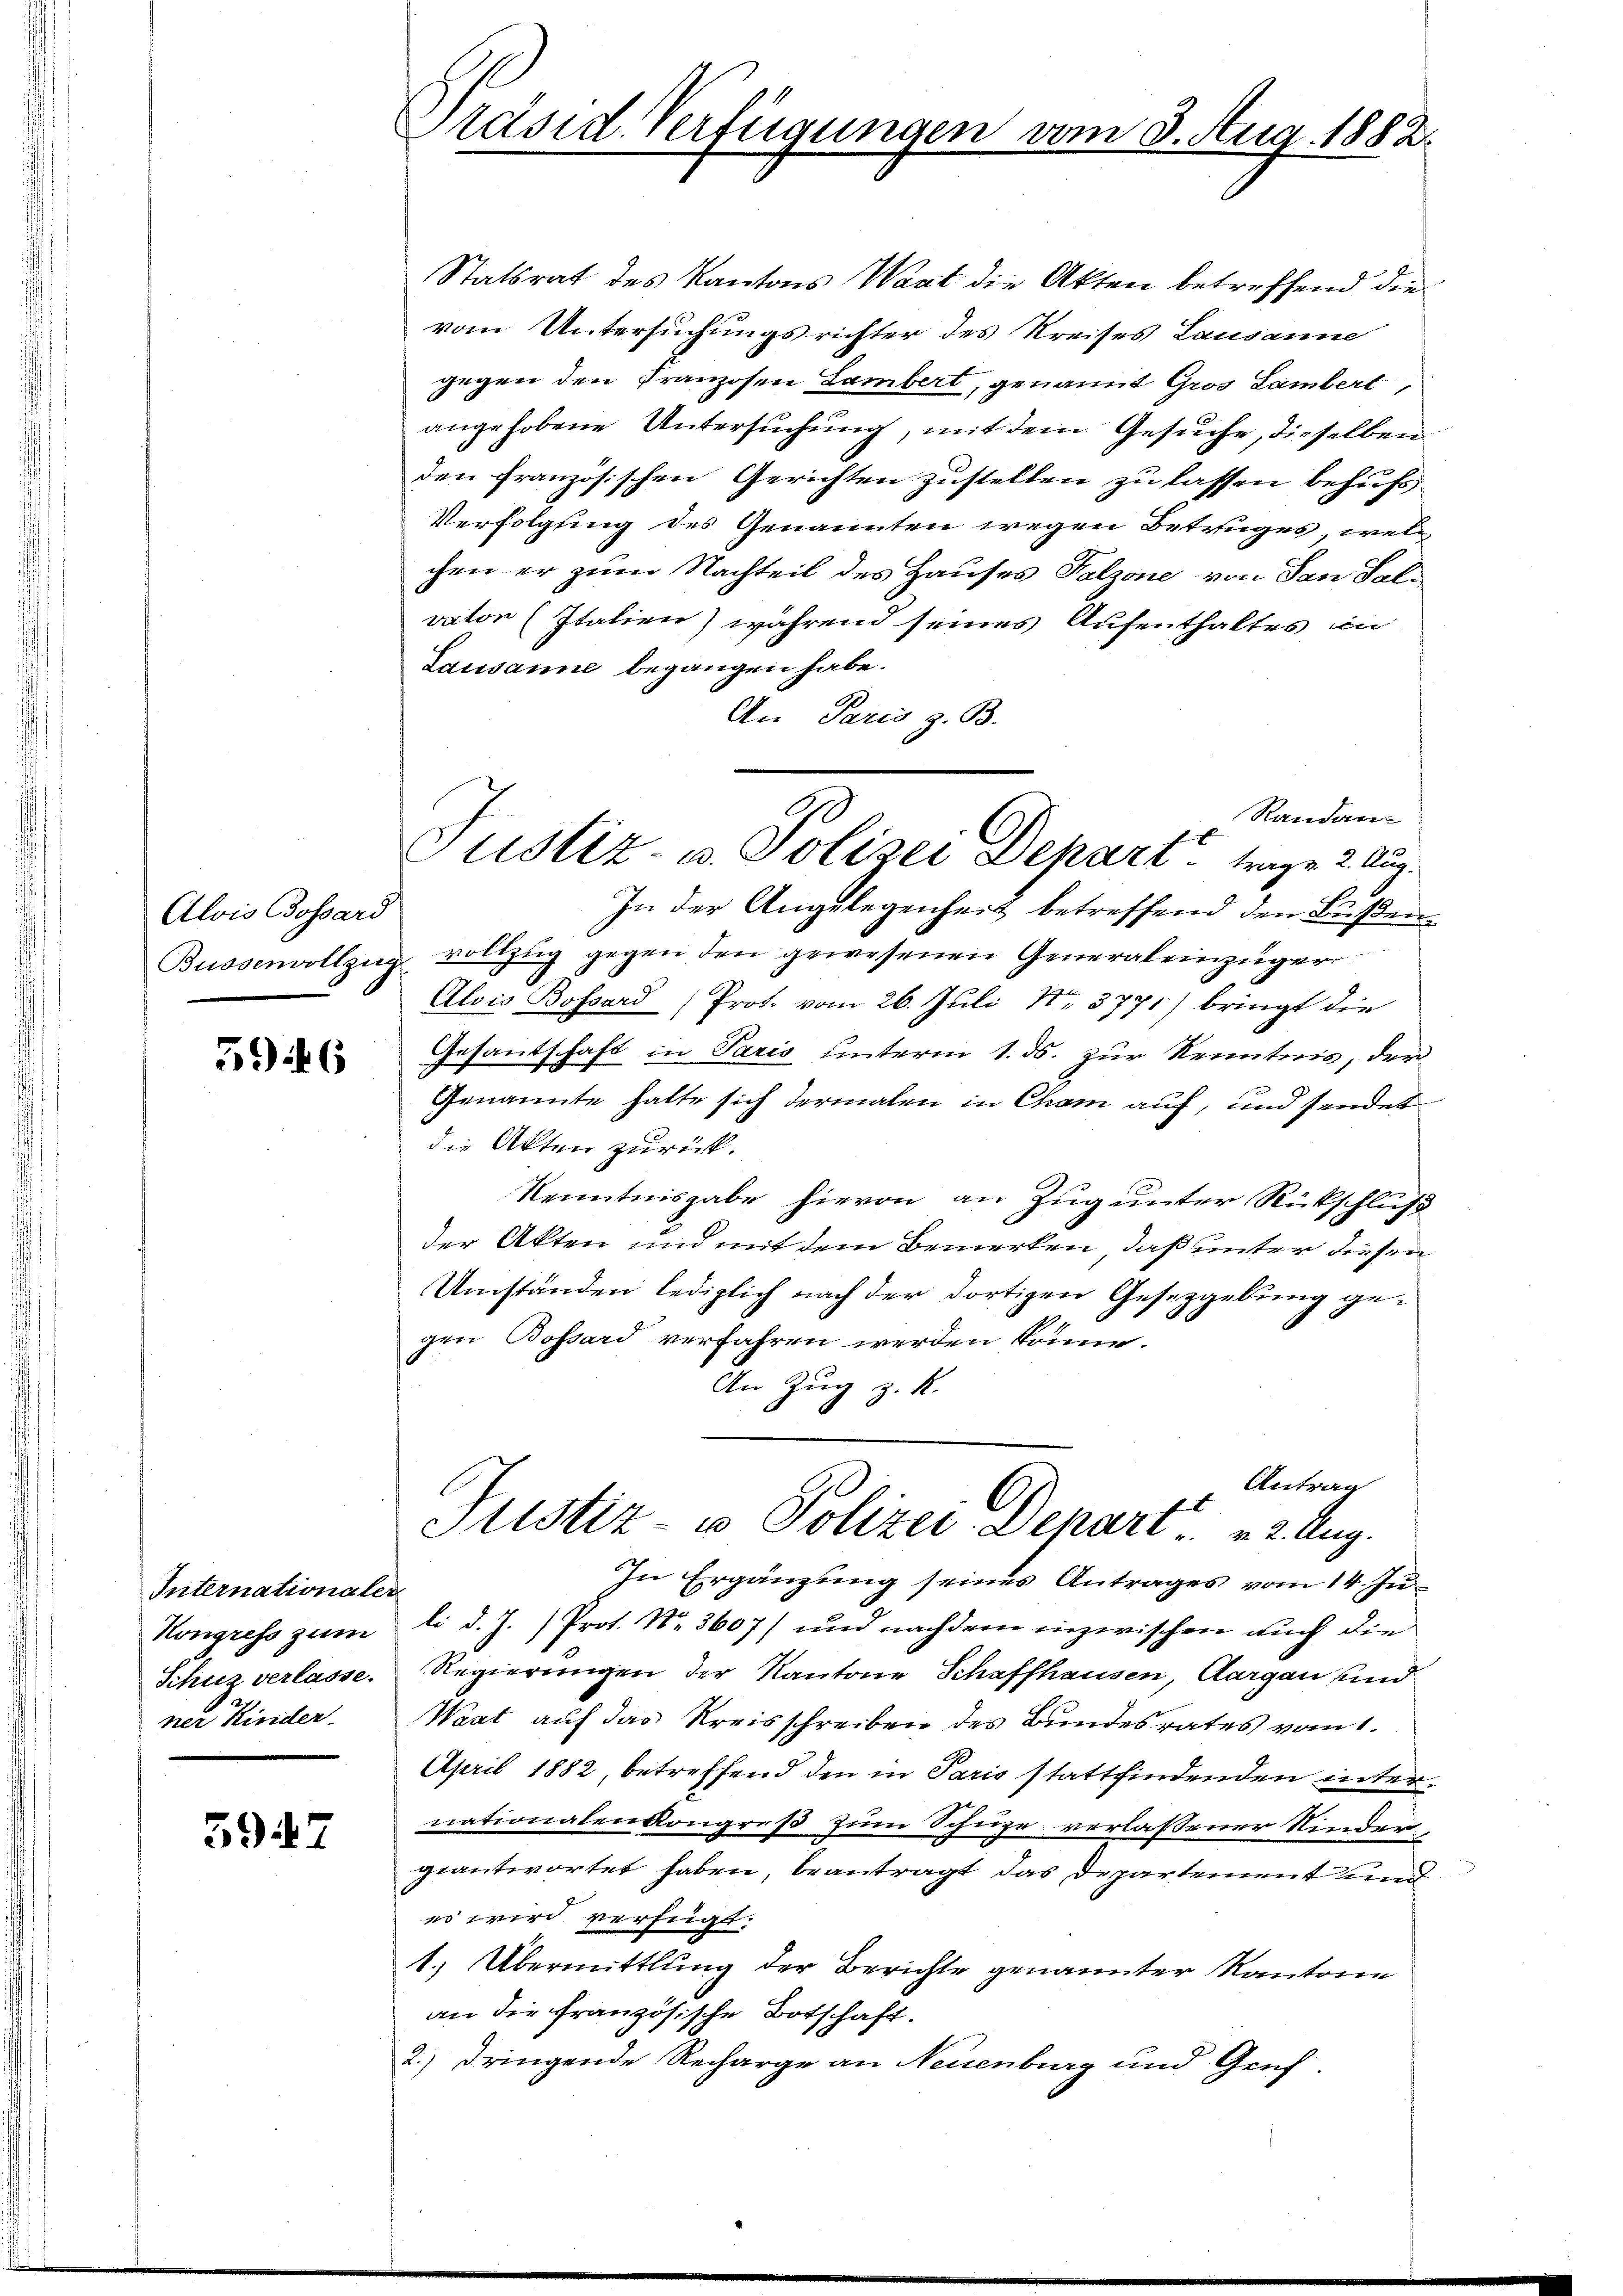
Alois Bossard

596

Internationaler
Kongress zum
Schüz verlasse.
ner Kinder

5947

Präsid. Verfügungen vom 3. Aug. 1882.

Justiz- u. Polizei Depart trage 2. Aug.

Statsrat des Kantons Wart die Akten betreffend die
vom Untersuchungsrichter des Kreises Lausanne
gegen den Franzosen Lambert, genannt Gros Lambert,
angehobene Untersuchung, mit dem Gesuche, dieselben
den französischen Gerichten zustellen zu lassen behufs
Verfolgung des Genannten wegen Betruges, welch
chen er zum Nachteil des Hauses Falzone von San Falvator (Italien) während seines Aufenthaltes in
Lausanne begangen habe.
An Paris z. B.
Randan
In der Angelegenheit betreffend den Bußen¬
Bussenvollzug vollzŭg gegen den gewesenen General einzüger
Alois Bossard Prot. vom 26. Juli Nr. 3771) bringt die
Gesantschaft in Paris unterm 1. ds. zur Kenntnis, der
Genannte hatte sich dermalen in Cham auf, und sendet
die Akten zurück.
Kenntnisgabe hievon an Zug unter Rückschluß
der Akten und mit dem Bemerken, daß unter diesen
Umständen lediglich nach der dortigen Gesetzgebung gegen Bossard verfahren werden könne.
An Zug z. K.
Antrag
E
Sistiz- u Polizei-Depart 2. Aug.
In Ergänzung seines Antrages vom 14. Juli d. J. Prot. No. 3607) und nachdem inzwischen auch die
Regierungen der Kantone Schaffhausen, Aargau und
Waat auf das Kreisschreiben des Bundesrates vom 1.
April 1882, betreffend den in Paris stattfindenden internationalen Kongreß zum Schuze verlassener Kinder,
geantwortet haben, beantragt, das Departement und
es wird verfügt.
1. Übermittlung der Berichte genannter Kantone
an die französische Botschaft.
2.) dringende Recharge an Neuenburg und Gruf-